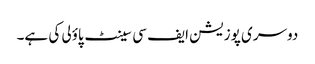
دوسری پوزیشن ایف سی سینٹ پاؤلی کی ہے۔